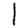
Digit: 1